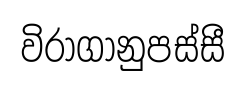
විරාගානුපස්සී